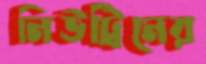
নিউট্রিনের